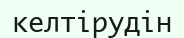
келтірудін